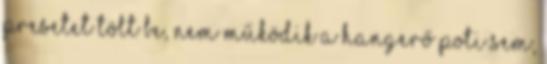
presetet tölt be, nem működik a hangerő poti sem,